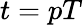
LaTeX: t=pT